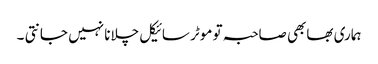
ہماری بھابھی صاحبہ تو موٹر سائیکل چلانا نہیں جانتی ۔